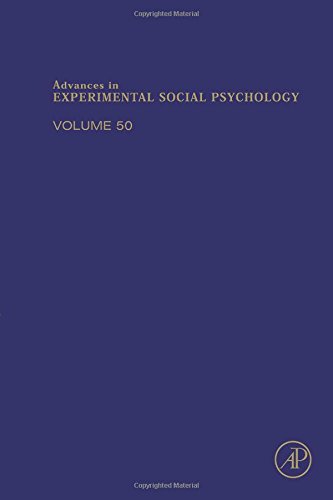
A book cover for Advances in Experimental Social Psychology, Volume 50; Medical Books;